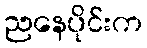
ညနေပိုင်းက